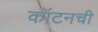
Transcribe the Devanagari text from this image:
कॉटनची